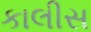
કાલીસ